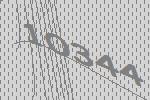
10344